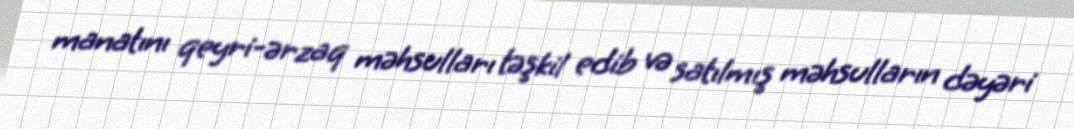
manatını qeyri-ərzaq məhsulları təşkil edib və satılmış məhsulların dəyəri